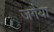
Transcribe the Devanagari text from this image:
जगैया